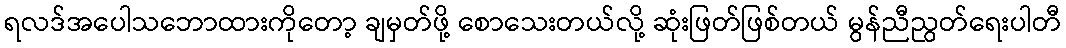
ရလဒ်အပေါသဘောထားကိုတော့ ချမှတ်ဖို့ စောသေးတယ်လို့ ဆုံးဖြတ်ဖြစ်တယ် မွန်ညီညွတ်ရေးပါတီ